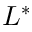
L ^ { * }